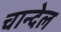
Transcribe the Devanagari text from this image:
चान्देल